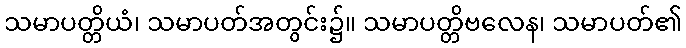
သမာပတ္တိယံ၊ သမာပတ်အတွင်း၌။ သမာပတ္တိဗလေန၊ သမာပတ်၏